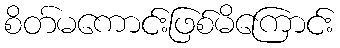
စိတ်မကောင်းဖြစ်မိကြောင်း